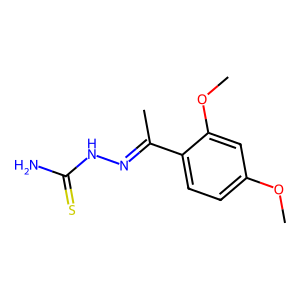
SMILES: COc1ccc(C(C)=NNC(N)=S)c(OC)c1
Inhibits HIV replication: No